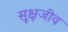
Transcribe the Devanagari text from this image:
सूक्षजीव